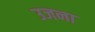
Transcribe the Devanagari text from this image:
उजना